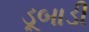
ડૂબાડી